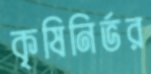
কৃষিনির্ভর